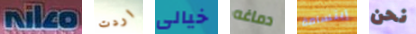
Niko اردت خيالى دماغه إبتسامة نحن